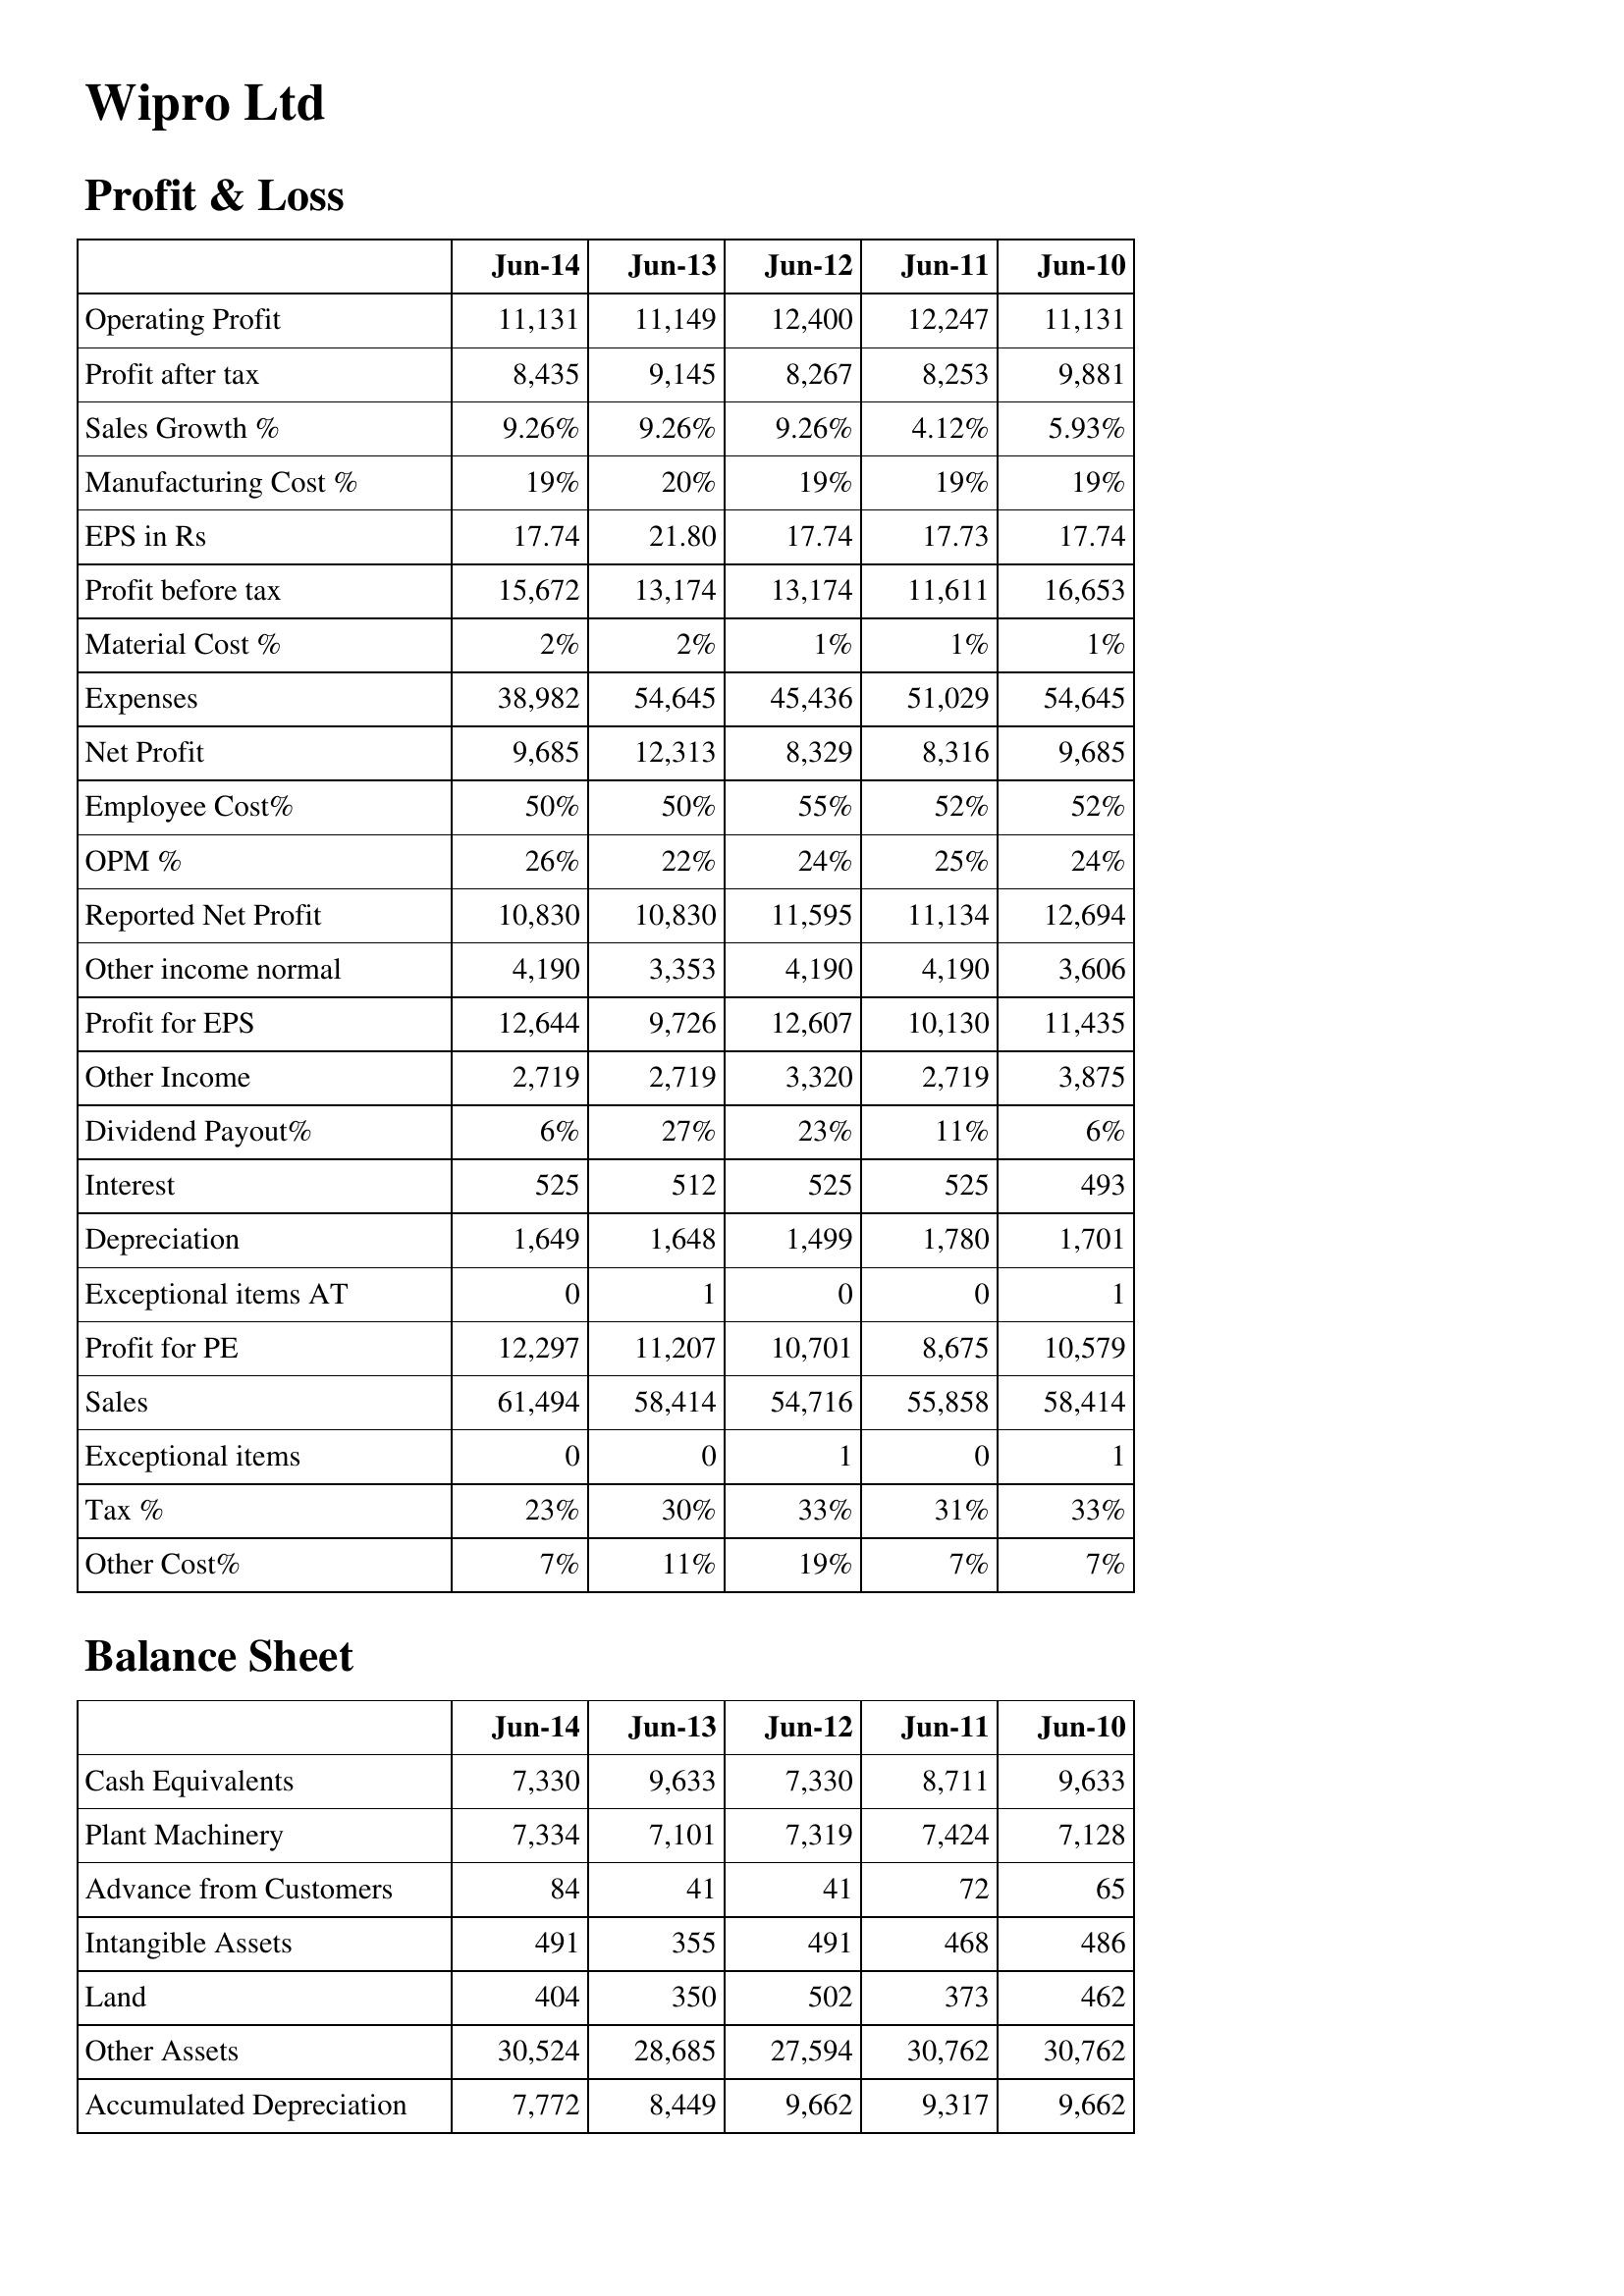
Jun-14: Profit & Loss: Operating Profit: 11,131
Profit after tax: 8,435
Sales Growth %: 9.26%
Manufacturing Cost %: 19%
EPS in Rs: 17.74
Profit before tax: 15,672
Material Cost %: 2%
Expenses: 38,982
Net Profit: 9,685
Employee Cost%: 50%
OPM %: 26%
Reported Net Profit: 10,830
Other income normal: 4,190
Profit for EPS: 12,644
Other Income: 2,719
Dividend Payout%: 6%
Interest: 525
Depreciation: 1,649
Exceptional items AT: 0
Profit for PE: 12,297
Sales: 61,494
Exceptional items: 0
Tax %: 23%
Other Cost%: 7%
Balance Sheet: Cash Equivalents: 7,330
Plant Machinery: 7,334
Advance from Customers: 84
Intangible Assets: 491
Land: 404
Other Assets: 30,524
Accumulated Depreciation: 7,772
Jun-13: Profit & Loss: Operating Profit: 11,149
Profit after tax: 9,145
Sales Growth %: 9.26%
Manufacturing Cost %: 20%
EPS in Rs: 21.80
Profit before tax: 13,174
Material Cost %: 2%
Expenses: 54,645
Net Profit: 12,313
Employee Cost%: 50%
OPM %: 22%
Reported Net Profit: 10,830
Other income normal: 3,353
Profit for EPS: 9,726
Other Income: 2,719
Dividend Payout%: 27%
Interest: 512
Depreciation: 1,648
Exceptional items AT: 1
Profit for PE: 11,207
Sales: 58,414
Exceptional items: 0
Tax %: 30%
Other Cost%: 11%
Balance Sheet: Cash Equivalents: 9,633
Plant Machinery: 7,101
Advance from Customers: 41
Intangible Assets: 355
Land: 350
Other Assets: 28,685
Accumulated Depreciation: 8,449
Jun-12: Profit & Loss: Operating Profit: 12,400
Profit after tax: 8,267
Sales Growth %: 9.26%
Manufacturing Cost %: 19%
EPS in Rs: 17.74
Profit before tax: 13,174
Material Cost %: 1%
Expenses: 45,436
Net Profit: 8,329
Employee Cost%: 55%
OPM %: 24%
Reported Net Profit: 11,595
Other income normal: 4,190
Profit for EPS: 12,607
Other Income: 3,320
Dividend Payout%: 23%
Interest: 525
Depreciation: 1,499
Exceptional items AT: 0
Profit for PE: 10,701
Sales: 54,716
Exceptional items: 1
Tax %: 33%
Other Cost%: 19%
Balance Sheet: Cash Equivalents: 7,330
Plant Machinery: 7,319
Advance from Customers: 41
Intangible Assets: 491
Land: 502
Other Assets: 27,594
Accumulated Depreciation: 9,662
Jun-11: Profit & Loss: Operating Profit: 12,247
Profit after tax: 8,253
Sales Growth %: 4.12%
Manufacturing Cost %: 19%
EPS in Rs: 17.73
Profit before tax: 11,611
Material Cost %: 1%
Expenses: 51,029
Net Profit: 8,316
Employee Cost%: 52%
OPM %: 25%
Reported Net Profit: 11,134
Other income normal: 4,190
Profit for EPS: 10,130
Other Income: 2,719
Dividend Payout%: 11%
Interest: 525
Depreciation: 1,780
Exceptional items AT: 0
Profit for PE: 8,675
Sales: 55,858
Exceptional items: 0
Tax %: 31%
Other Cost%: 7%
Balance Sheet: Cash Equivalents: 8,711
Plant Machinery: 7,424
Advance from Customers: 72
Intangible Assets: 468
Land: 373
Other Assets: 30,762
Accumulated Depreciation: 9,317
Jun-10: Profit & Loss: Operating Profit: 11,131
Profit after tax: 9,881
Sales Growth %: 5.93%
Manufacturing Cost %: 19%
EPS in Rs: 17.74
Profit before tax: 16,653
Material Cost %: 1%
Expenses: 54,645
Net Profit: 9,685
Employee Cost%: 52%
OPM %: 24%
Reported Net Profit: 12,694
Other income normal: 3,606
Profit for EPS: 11,435
Other Income: 3,875
Dividend Payout%: 6%
Interest: 493
Depreciation: 1,701
Exceptional items AT: 1
Profit for PE: 10,579
Sales: 58,414
Exceptional items: 1
Tax %: 33%
Other Cost%: 7%
Balance Sheet: Cash Equivalents: 9,633
Plant Machinery: 7,128
Advance from Customers: 65
Intangible Assets: 486
Land: 462
Other Assets: 30,762
Accumulated Depreciation: 9,662